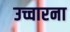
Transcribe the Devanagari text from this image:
उच्चारना